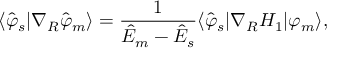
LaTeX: \langle \hat { \varphi } _ { s } | \nabla _ { R } \hat { \varphi } _ { m } \rangle = \frac 1 { { \cal \hat { E } } _ { m } - { \cal \hat { E } } _ { s } } \langle \hat { \varphi } _ { s } | \nabla _ { R } H _ { 1 } | \varphi _ { m } \rangle ,